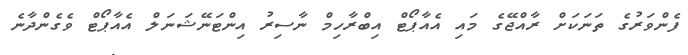
ފެންވަރުގެ ތަނަކަށް ރާއްޖޭގެ މައި އެއާޕޯޓް އިބްރާހިމް ނާސިރު އިންޓަނޭޝަނަލް އެއާޕޯޓް ވެގެންދާނެ